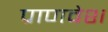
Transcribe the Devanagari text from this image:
प्राणवेश